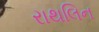
રાથલિન